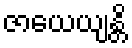
ဇာယေယျန္တိ